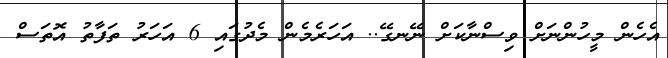
އެހެން މީހުންނަށް ވިސްނާކަށް ނޭނގޭ.. އަހަރެމެން މެދުގައި 6 އަހަރު ތަފާތު އޮތަސް